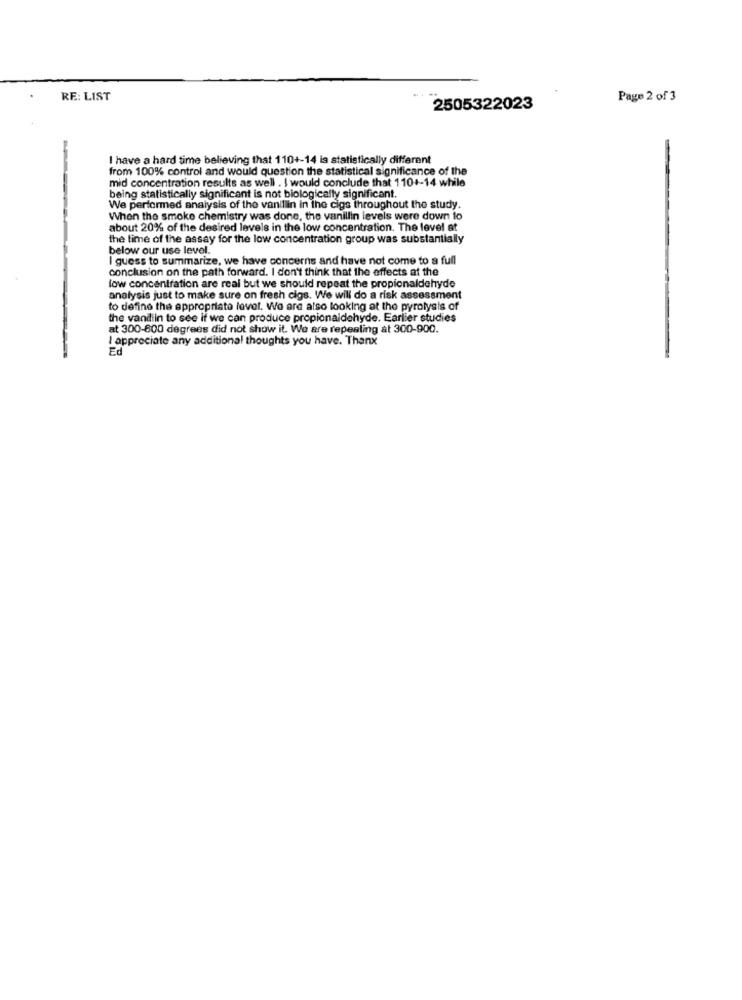
RE: LIST
Page 2 of 3
2505322023
I have a hard time believing that 110+-14 ia statistically different
from 100% control and would question the statistical significance of the
mid concentration results as well . I would conclude that 110+-14 while
being statistically significant is not biologically significant.
We performed analysis of the vanillin in the cigs throughout the study.
When the smoke chemistry was done, the vanillin levels were down to
about 20% of the desired levels in the low concentration. The level at
the time of the assay for the low concentration group was substantially
below our use level.
I guess to summarize, we have concerns and have not come to a full
conclusion on the path forward. I don't think that the effects at the
low concentration are real but we should repeat the propionaldehyde
analysis just to make sure on fresh cigs. We will do a risk assessment
to define the appropriate level. We are also looking at the pyrolysis of
the vandiin to see if we can produce propionaldehyde. Earlier studies
at 300-800 degrees did not show it. We are repealing at 300-900.
I appreciate any additional thoughts you have. Thanx
Ed